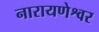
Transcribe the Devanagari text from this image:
नारायणेश्वर